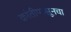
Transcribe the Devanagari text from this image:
क्रांतीपासूनचा